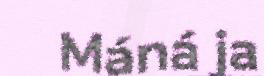
Máná ja